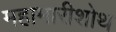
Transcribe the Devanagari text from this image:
महामारीशोथ